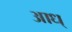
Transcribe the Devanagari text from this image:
आध्